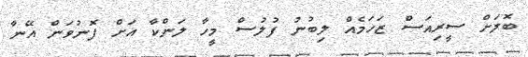
ބޮލަށް ސީރިއަސް ޒަހަމެއް ލިބުނު ފުލުސް މީހާ ލަންކާ އަށް ފޮނުވަން އޭނާ